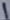
Text: 1